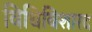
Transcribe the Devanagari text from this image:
विधिविशारद